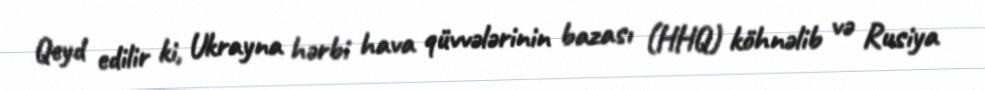
Qeyd edilir ki, Ukrayna hərbi hava qüvvələrinin bazası (HHQ) köhnəlib və Rusiya